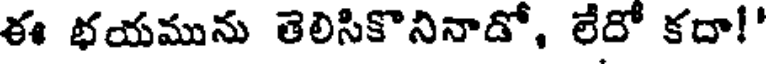
ఈ భయమును తెలిసికొనినాడో, లేదో కదా!'